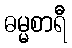
ဓမ္မစာရီ